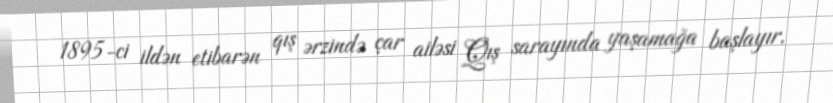
1895-ci ildən etibarən qış ərzində çar ailəsi Qış sarayında yaşamağa başlayır.